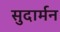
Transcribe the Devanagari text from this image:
सुदार्मन